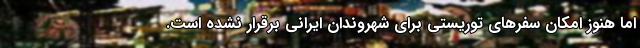
اما هنوز امکان سفرهای توریستی برای شهروندان ایرانی برقرار نشده است.